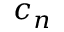
c _ { n }